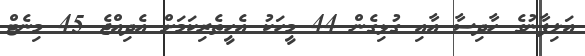
އަލިފާނުގެ ހާދިސާ އާއި ގުޅިގެން 44 މީހަކު އެހީތެރިކަމަށް އެދިއްޖެ 45 މިނެޓް